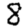
Digit: 8